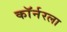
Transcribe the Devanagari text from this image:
काॅर्नरला